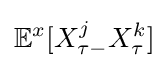
\mathbb {E} ^{x}[X_{\tau -}^{j}X_{\tau }^{k}]